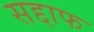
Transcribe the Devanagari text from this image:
सद्दाफ